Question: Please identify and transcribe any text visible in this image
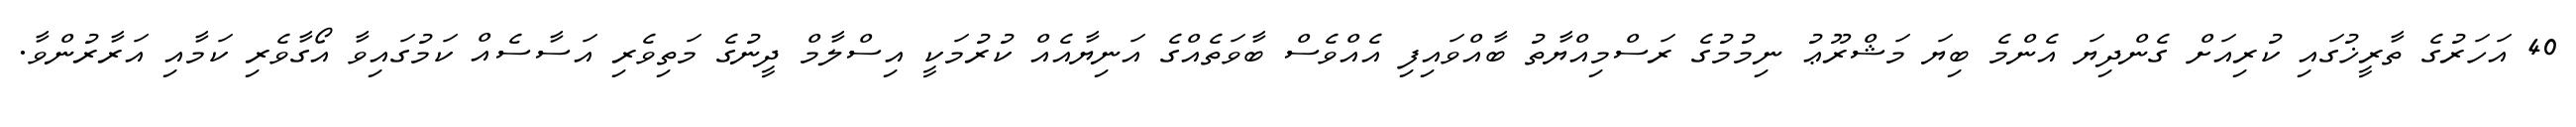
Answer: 40 އަހަރުގެ ތާރީޚުގައި ކުރިއަށް ގެންދިޔަ އެންމެ ބިޔަ މަޝްރޫޢު ނިމުމުގެ ރަސްމިއްޔާތު ބާއްވައިފި އެއްވެސް ބާވަތެއްގެ އަނިޔާއެއް ކުރުމަކީ އިސްލާމް ދީނުގެ މަތިވެރި އަސާސެއް ކަމުގައިވާ އޯގާވެރި ކަމާއި އަރާރުންވާ.